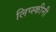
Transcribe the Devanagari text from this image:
लिप्स्कीनी